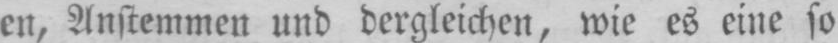
en, Anstemmen und dergleichen, wie es eine so